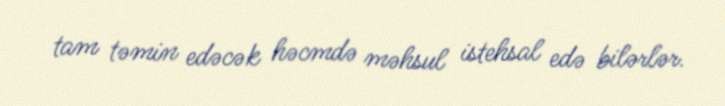
tam təmin edəcək həcmdə məhsul istehsal edə bilərlər.